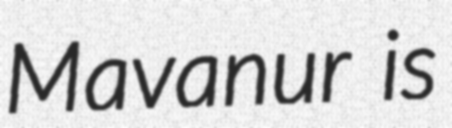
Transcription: Mavanur is